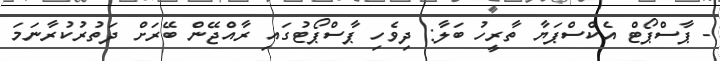
- ޕާސްޕޯޓް އެކްސްޕަޔާ ތާރީހު ބަލާ: ދިވެހި ޕާސްޕޯޓުގައި ރާއްޖޭން ބޭރަށް ދަތުރުކުރާނަމަ